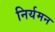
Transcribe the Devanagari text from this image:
निर्यमन